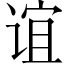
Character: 谊